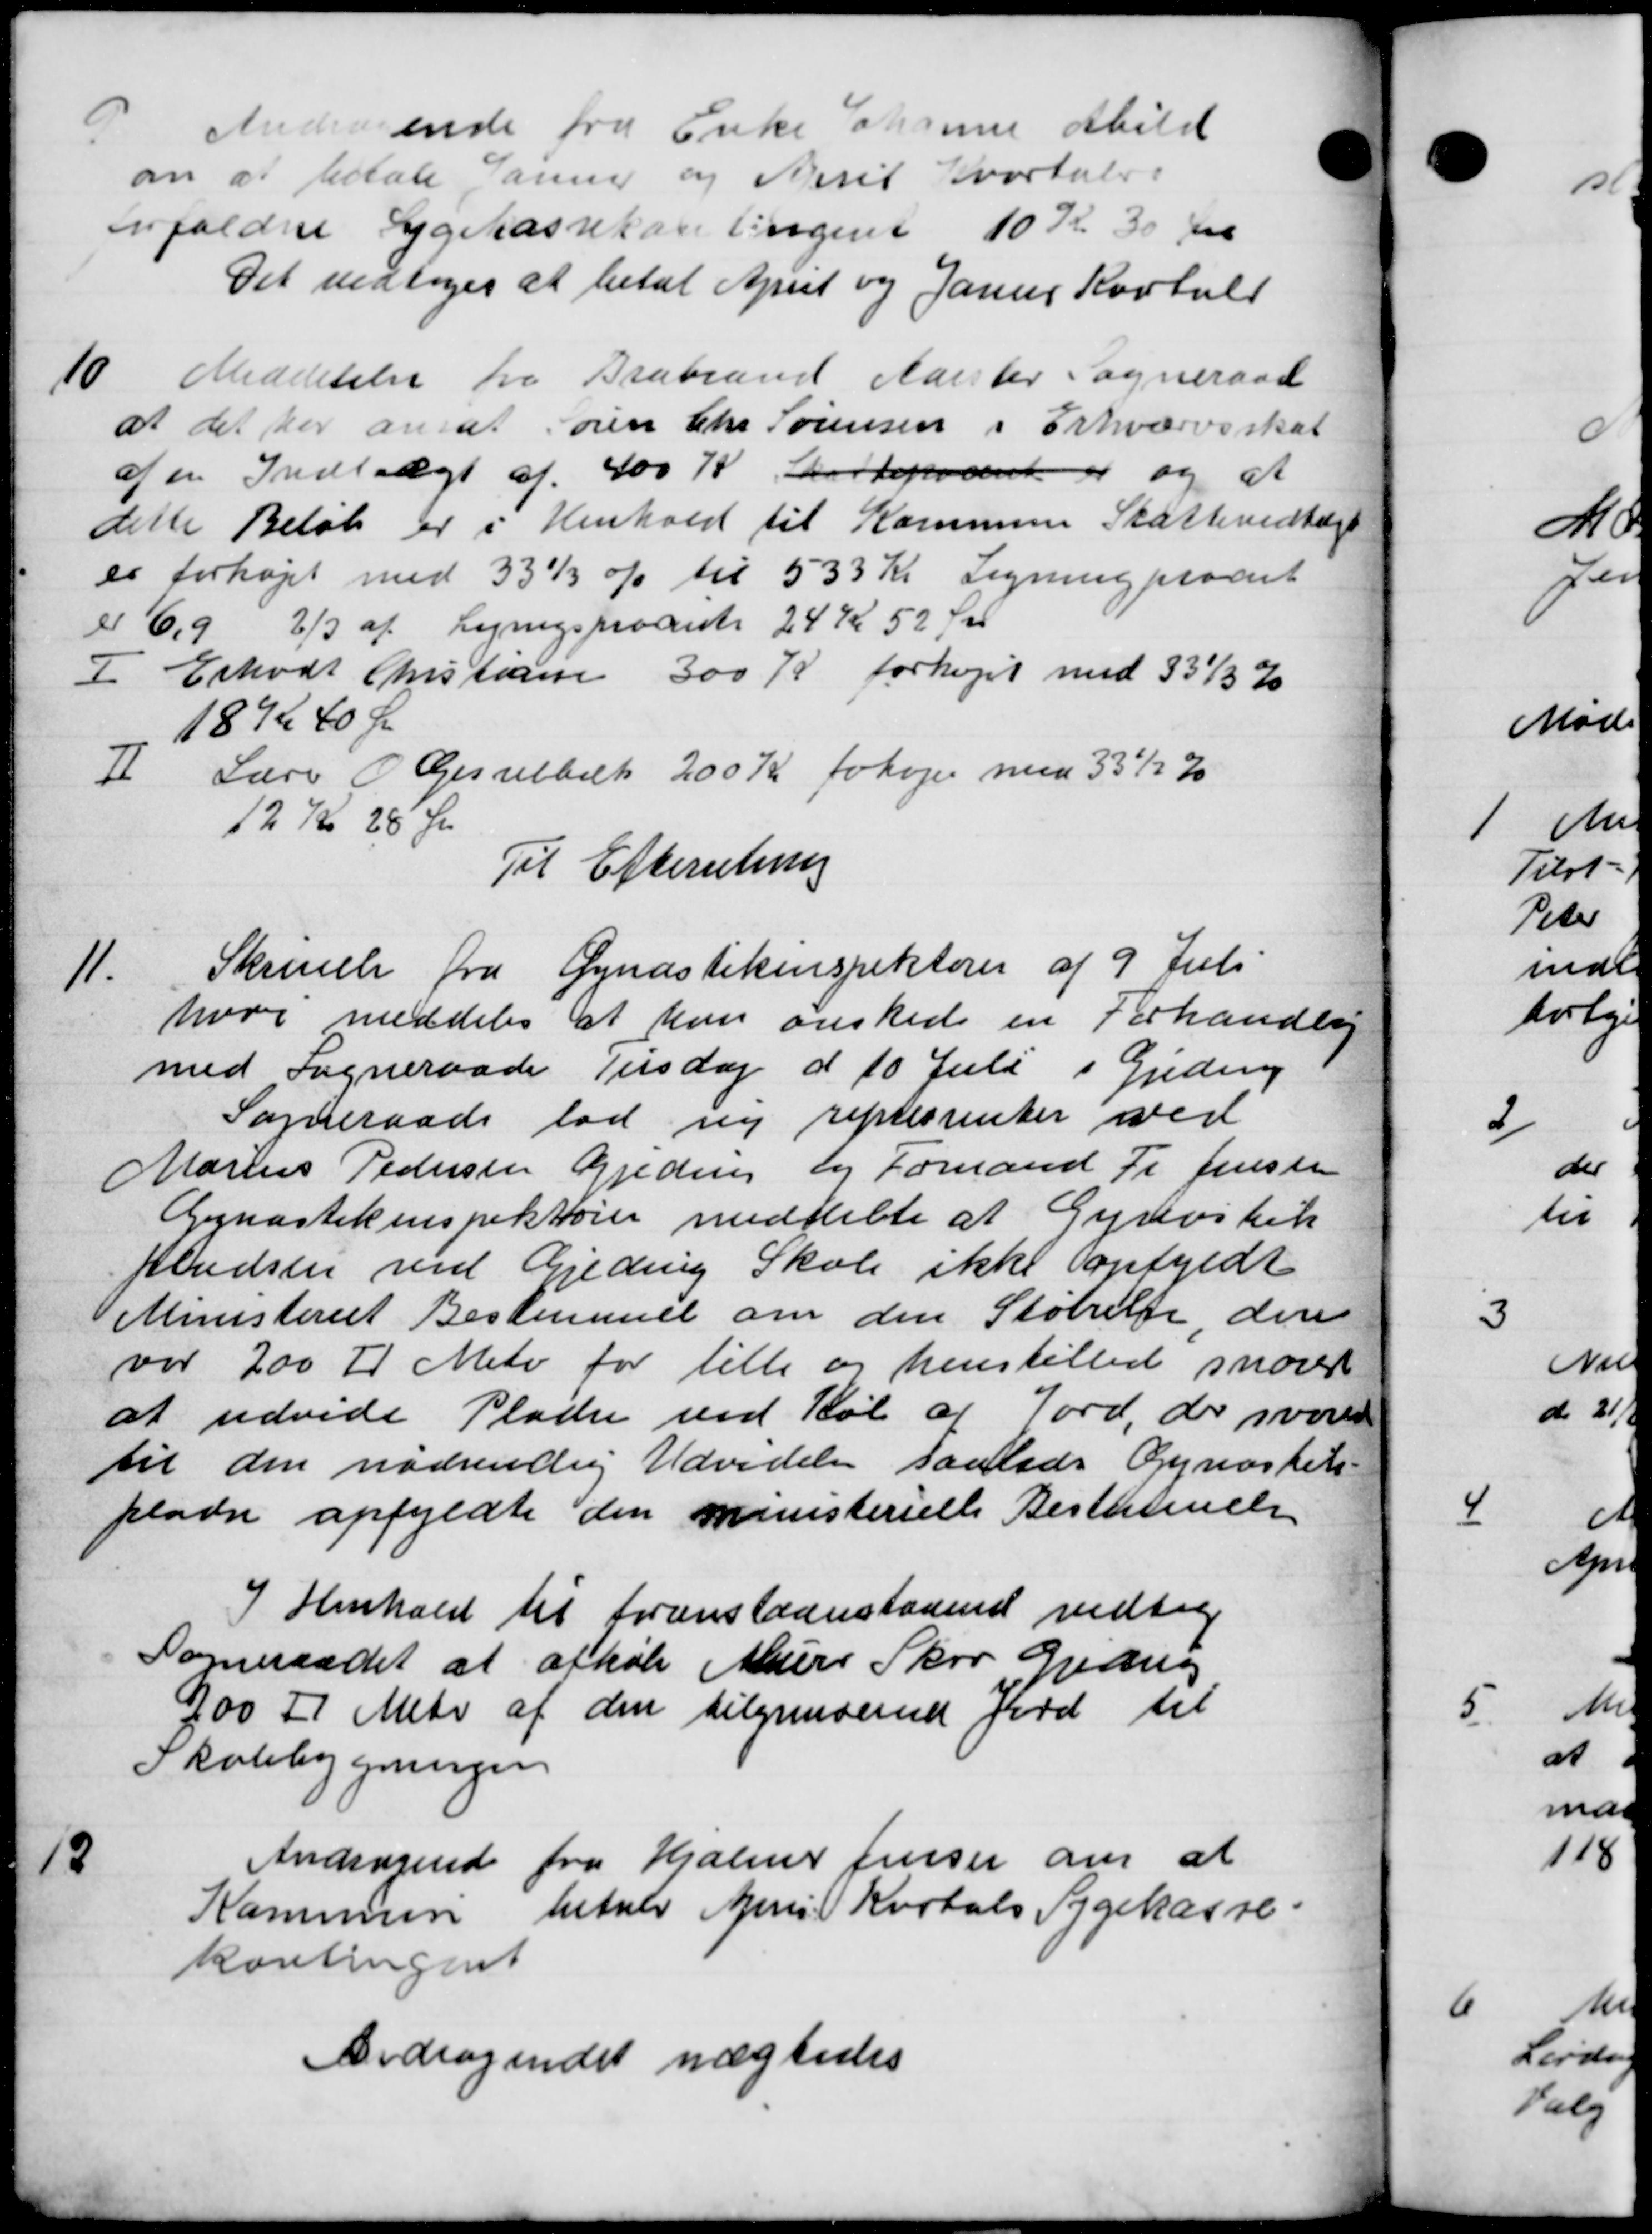
Transskription:
Andragende fra Enke Johanne Abild
om at betale Januar og Aerit Kvartale.
onfaldne Sygekassekamlingent 10 Kr 30 Øre
Det vedtoges at betal April og Janur Kortul
10
Meddelelse fra Brabrand Aarster Sogneraad
at det her ansat Søren Chr Sørensen i Erhvervsskat
af en Indtægt af 400 Kr. satteprocent er og at
dette Beløb er i Henhold til Kommune Skattevedtægt
er forhøjet med 330 % til 533 Kr Ligningprocet
er 6.9 2/3 af Lyngsprocente 24 Kr 52 Ør
I Erhvert Kristiane 300 K forhøjet med 331/3 %
18Kr 40 Øre
II Lærer O Gesselbal 200 Kr forhøjes med 33½ %
12 Kr 25 Øre
Til Efterretning
11.
Skrivelse fra Gynastikinspektører af 9 Juli
hvor meddeles at han ønskede en Forhandling
med Sogneraade Tirsdag d 10 Juli i Gjeding
Sogneraads lod sig repræstenter ved
Marius Pedersen Gjeding og Formand Fr Justen
Gynastikinspektører meddelte at Gyritik
pladsen ved Gjeding Skole ikke opfyldt
Ministeriet Bestemmet om den Størrelse, den
var 200 Kr Matr for lille og henstilled snarer
at udvide Pladse ved Køb af Jord, der svares
til den nødvendig Udvidelse saalede Gynastiks
plads opfyldte den ministerielle Bestemmelse
I Henhold til foranstaaestaaend vedtog
Sogneraadet at afkøbe Muere Skov Gjeding
800 Kr Matr af den tilgaard Jord til
Skolebygningen

Andragende fra Hjalmer friser om at
Kommune betale Juni Kvartals Sygekasse.
kontingent
Andragendet nægtedes